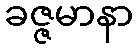
ခဇ္ဇမာနာ